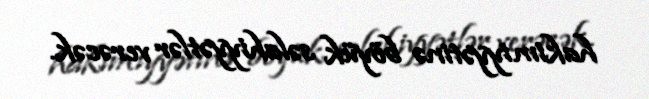
hakimiyyətinə böyük səlahiyyətlər verəcək.